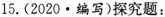
15.(2020·编写)探究题：